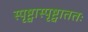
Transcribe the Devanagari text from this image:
स्पृष्ट्वास्पृष्ट्वाततः